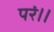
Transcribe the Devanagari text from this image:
परं।।